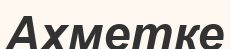
Ахметке